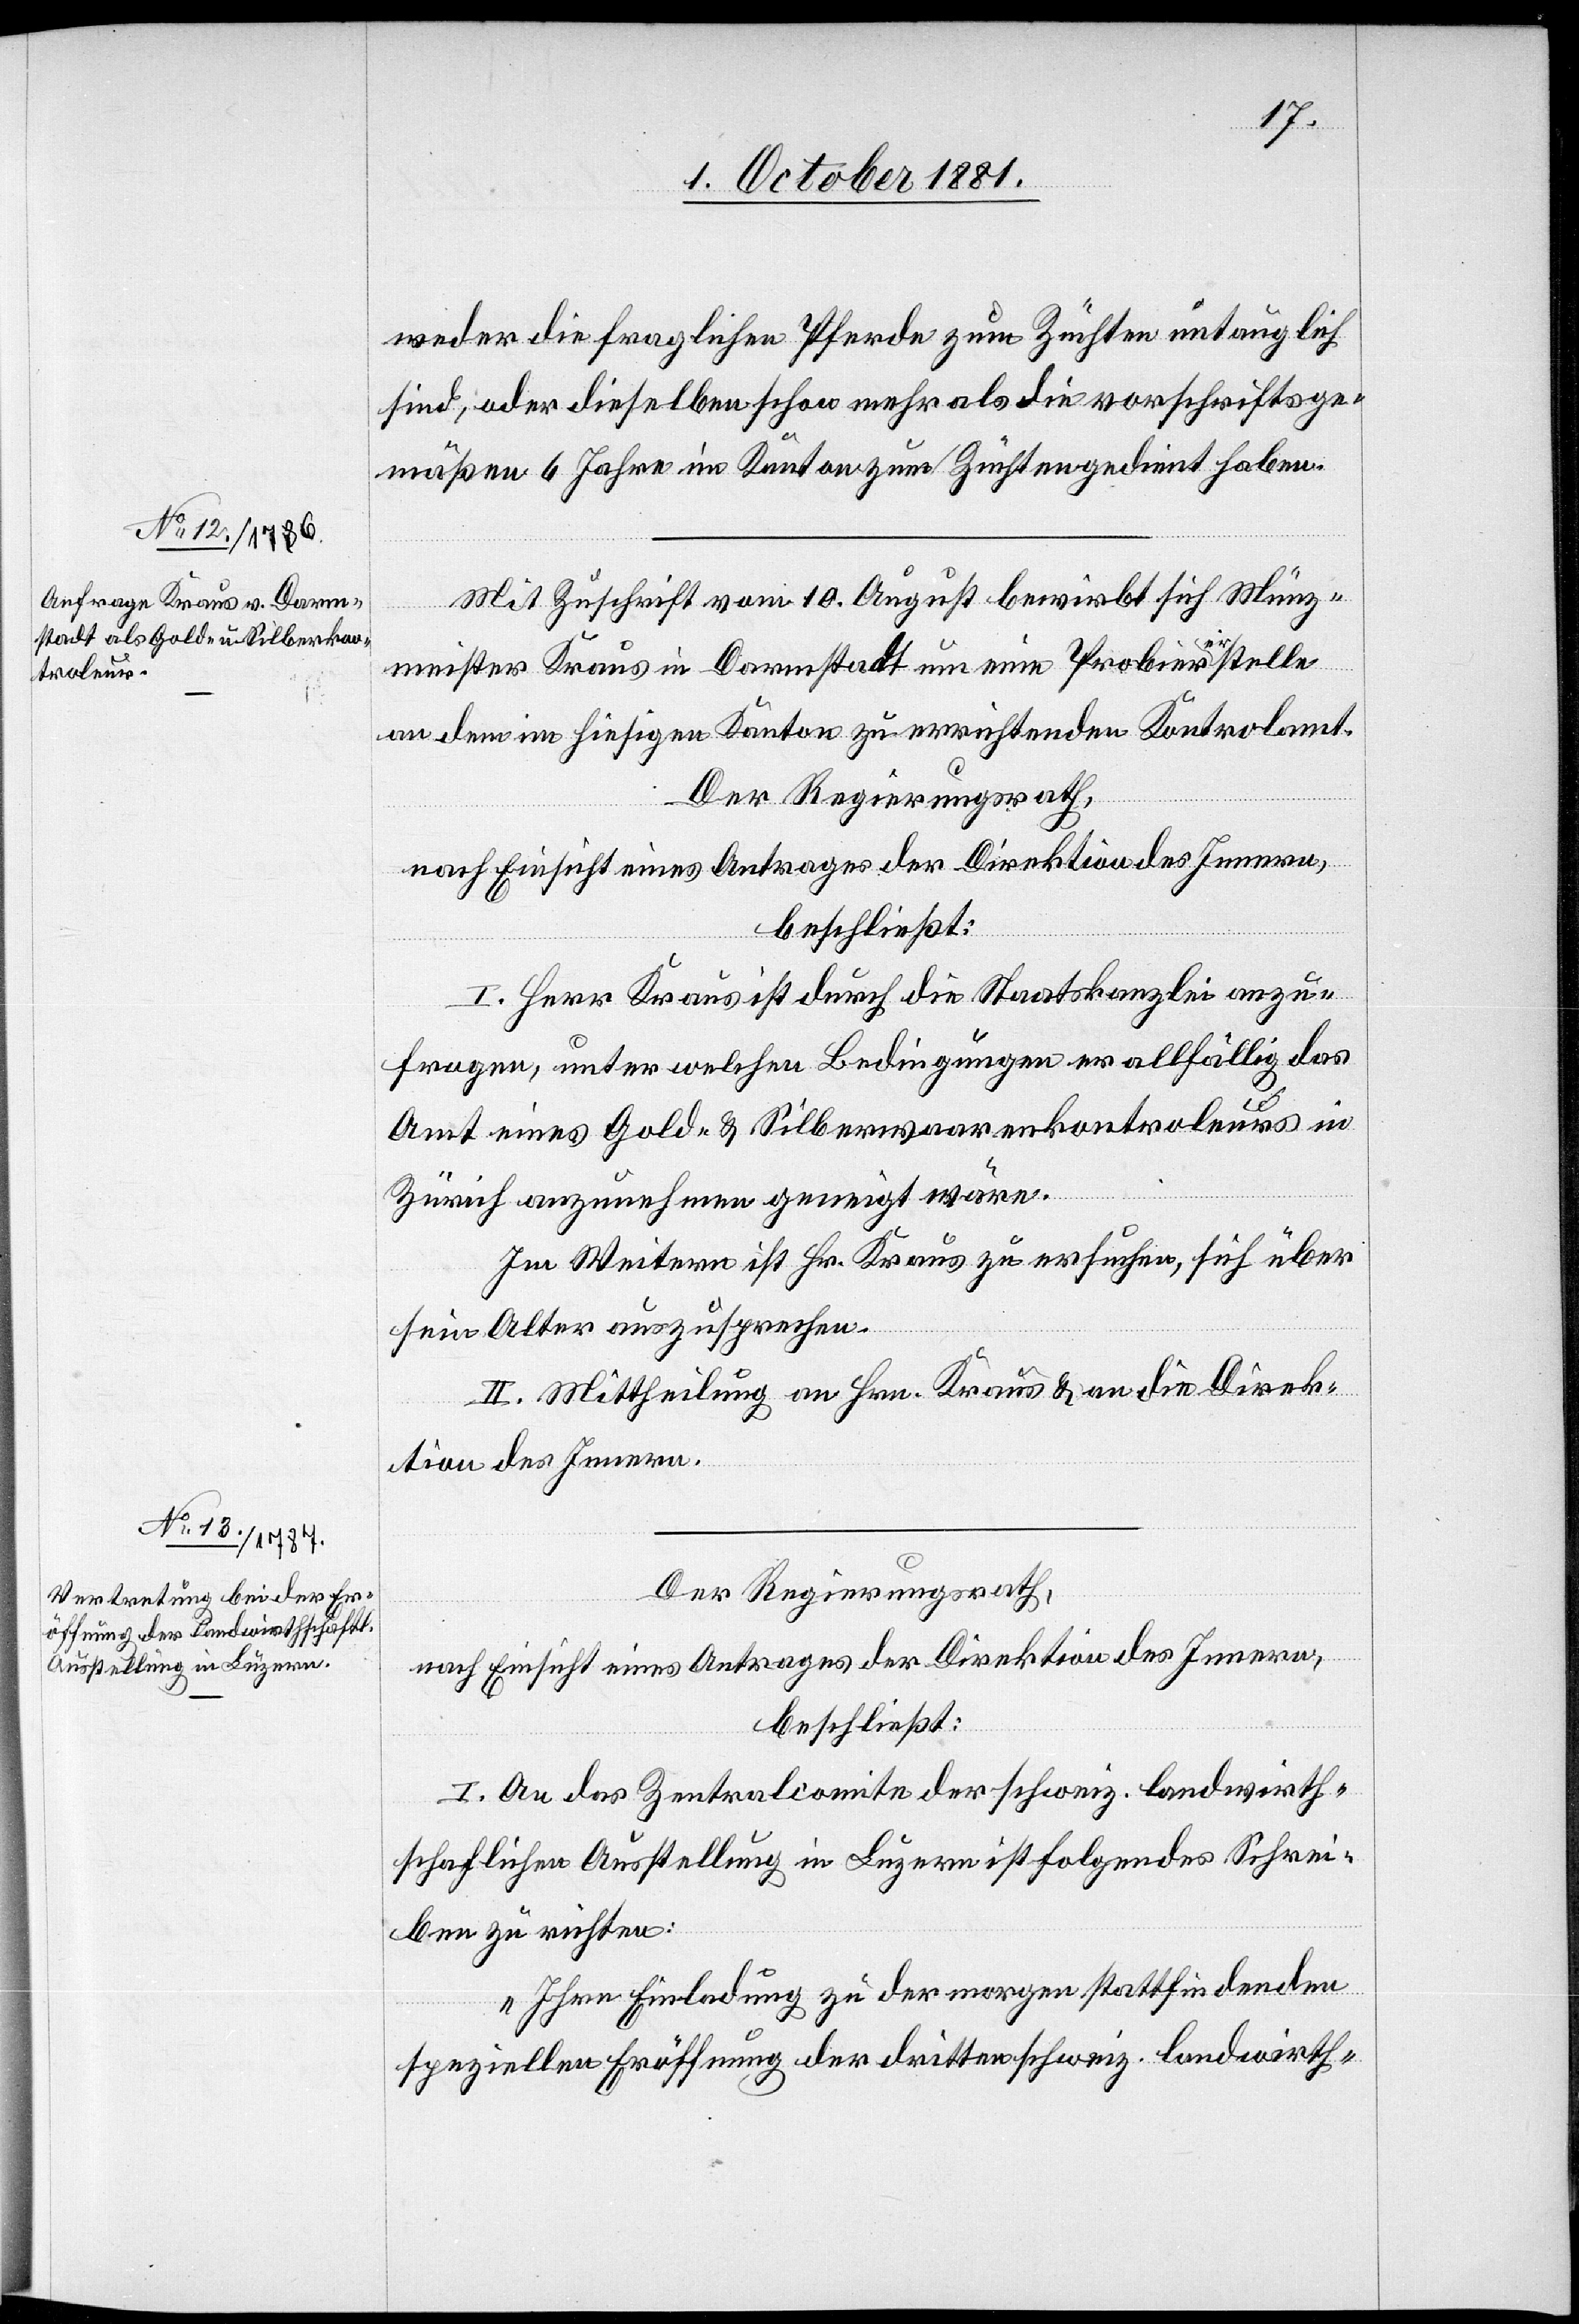
weder die fraglichen Pferde zum Züchten untauglich
sind, oder dieselben schon mehr als die vorschriftsge¬
mäßen 6 Jahre im Kanton zum Züchten gedient haben.“
Mit Zuschrift vom 10. August bewirbt sich Münz¬
minister Kraus in Darmstadt um eine Probiererstelle
an dem im hiesigen Kanton zu errichtenden Kontrolamt.
Der Regierungsrath,
nach Einsicht eines Antrages der Direktion des Innern,
beschließt:
I. Herr Kraus ist durch die Staatskanzlei anzu¬
fragen, unter welchen Bedingungen er allfällig das
Amt eines Gold- & Silberwaarenkontroleurs in
Zürich anzunehmen geneigt wäre.
Im Weitern ist Hr. Kraus zu ersuchen, sich über
sein Alter auszusprechen.
II. Mittheilung an Hrn. Kraus & an die Direk¬
tion des Innern.
Der Regierungsrath,
nach Einsicht eines Antrages der Direktion des Innern,
beschließt:
I. An das Zentralcomite der schweiz. landwirth¬
schaftlichen Ausstellung in Luzern ist folgendes Schrei¬
ben zu richten:
„Ihre Einladung zu der morgen stattfindenden
speziellen Eröffnung der dritten schweiz. landwirth-